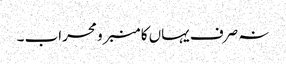
نہ صرف یہاں کا منبر و محراب ۔